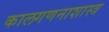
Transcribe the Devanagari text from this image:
कालगणनाशास्त्र